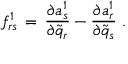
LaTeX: f _ { r s } ^ { 1 } \, = \, { \frac { \partial a _ { s } ^ { 1 } } { \partial { \tilde { q } } _ { r } } } - { \frac { \partial a _ { r } ^ { 1 } } { \partial { \tilde { q } } _ { s } } } \, \, .